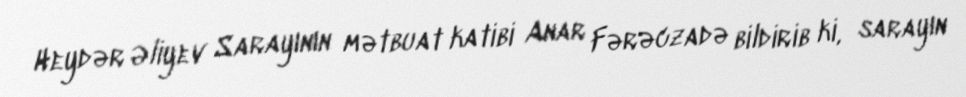
Heydər Əliyev Sarayının mətbuat katibi Anar Fərəczadə bildirib ki, sarayın